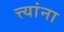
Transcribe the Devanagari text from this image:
त्त्यांना